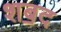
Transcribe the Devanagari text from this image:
शॿद